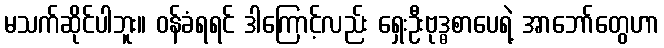
မသက်ဆိုင်ပါဘူး။ ဝန်ခံရရင် ဒါကြောင့်လည်း ရှေးဦးဗုဒ္ဓစာပေရဲ့ အာဘော်တွေဟာ